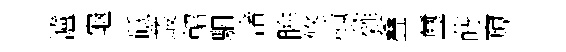
瀘龜砥叢軺駟渚眸悠慱蕤叠璽蒔窺